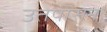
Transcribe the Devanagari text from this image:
उतपासन